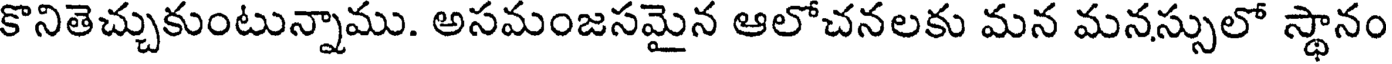
కొనితెచ్చుకుంటున్నాము. అసమంజసమైన ఆలోచనలకు మన మనస్సులో స్థానం